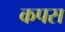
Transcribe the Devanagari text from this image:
कपस